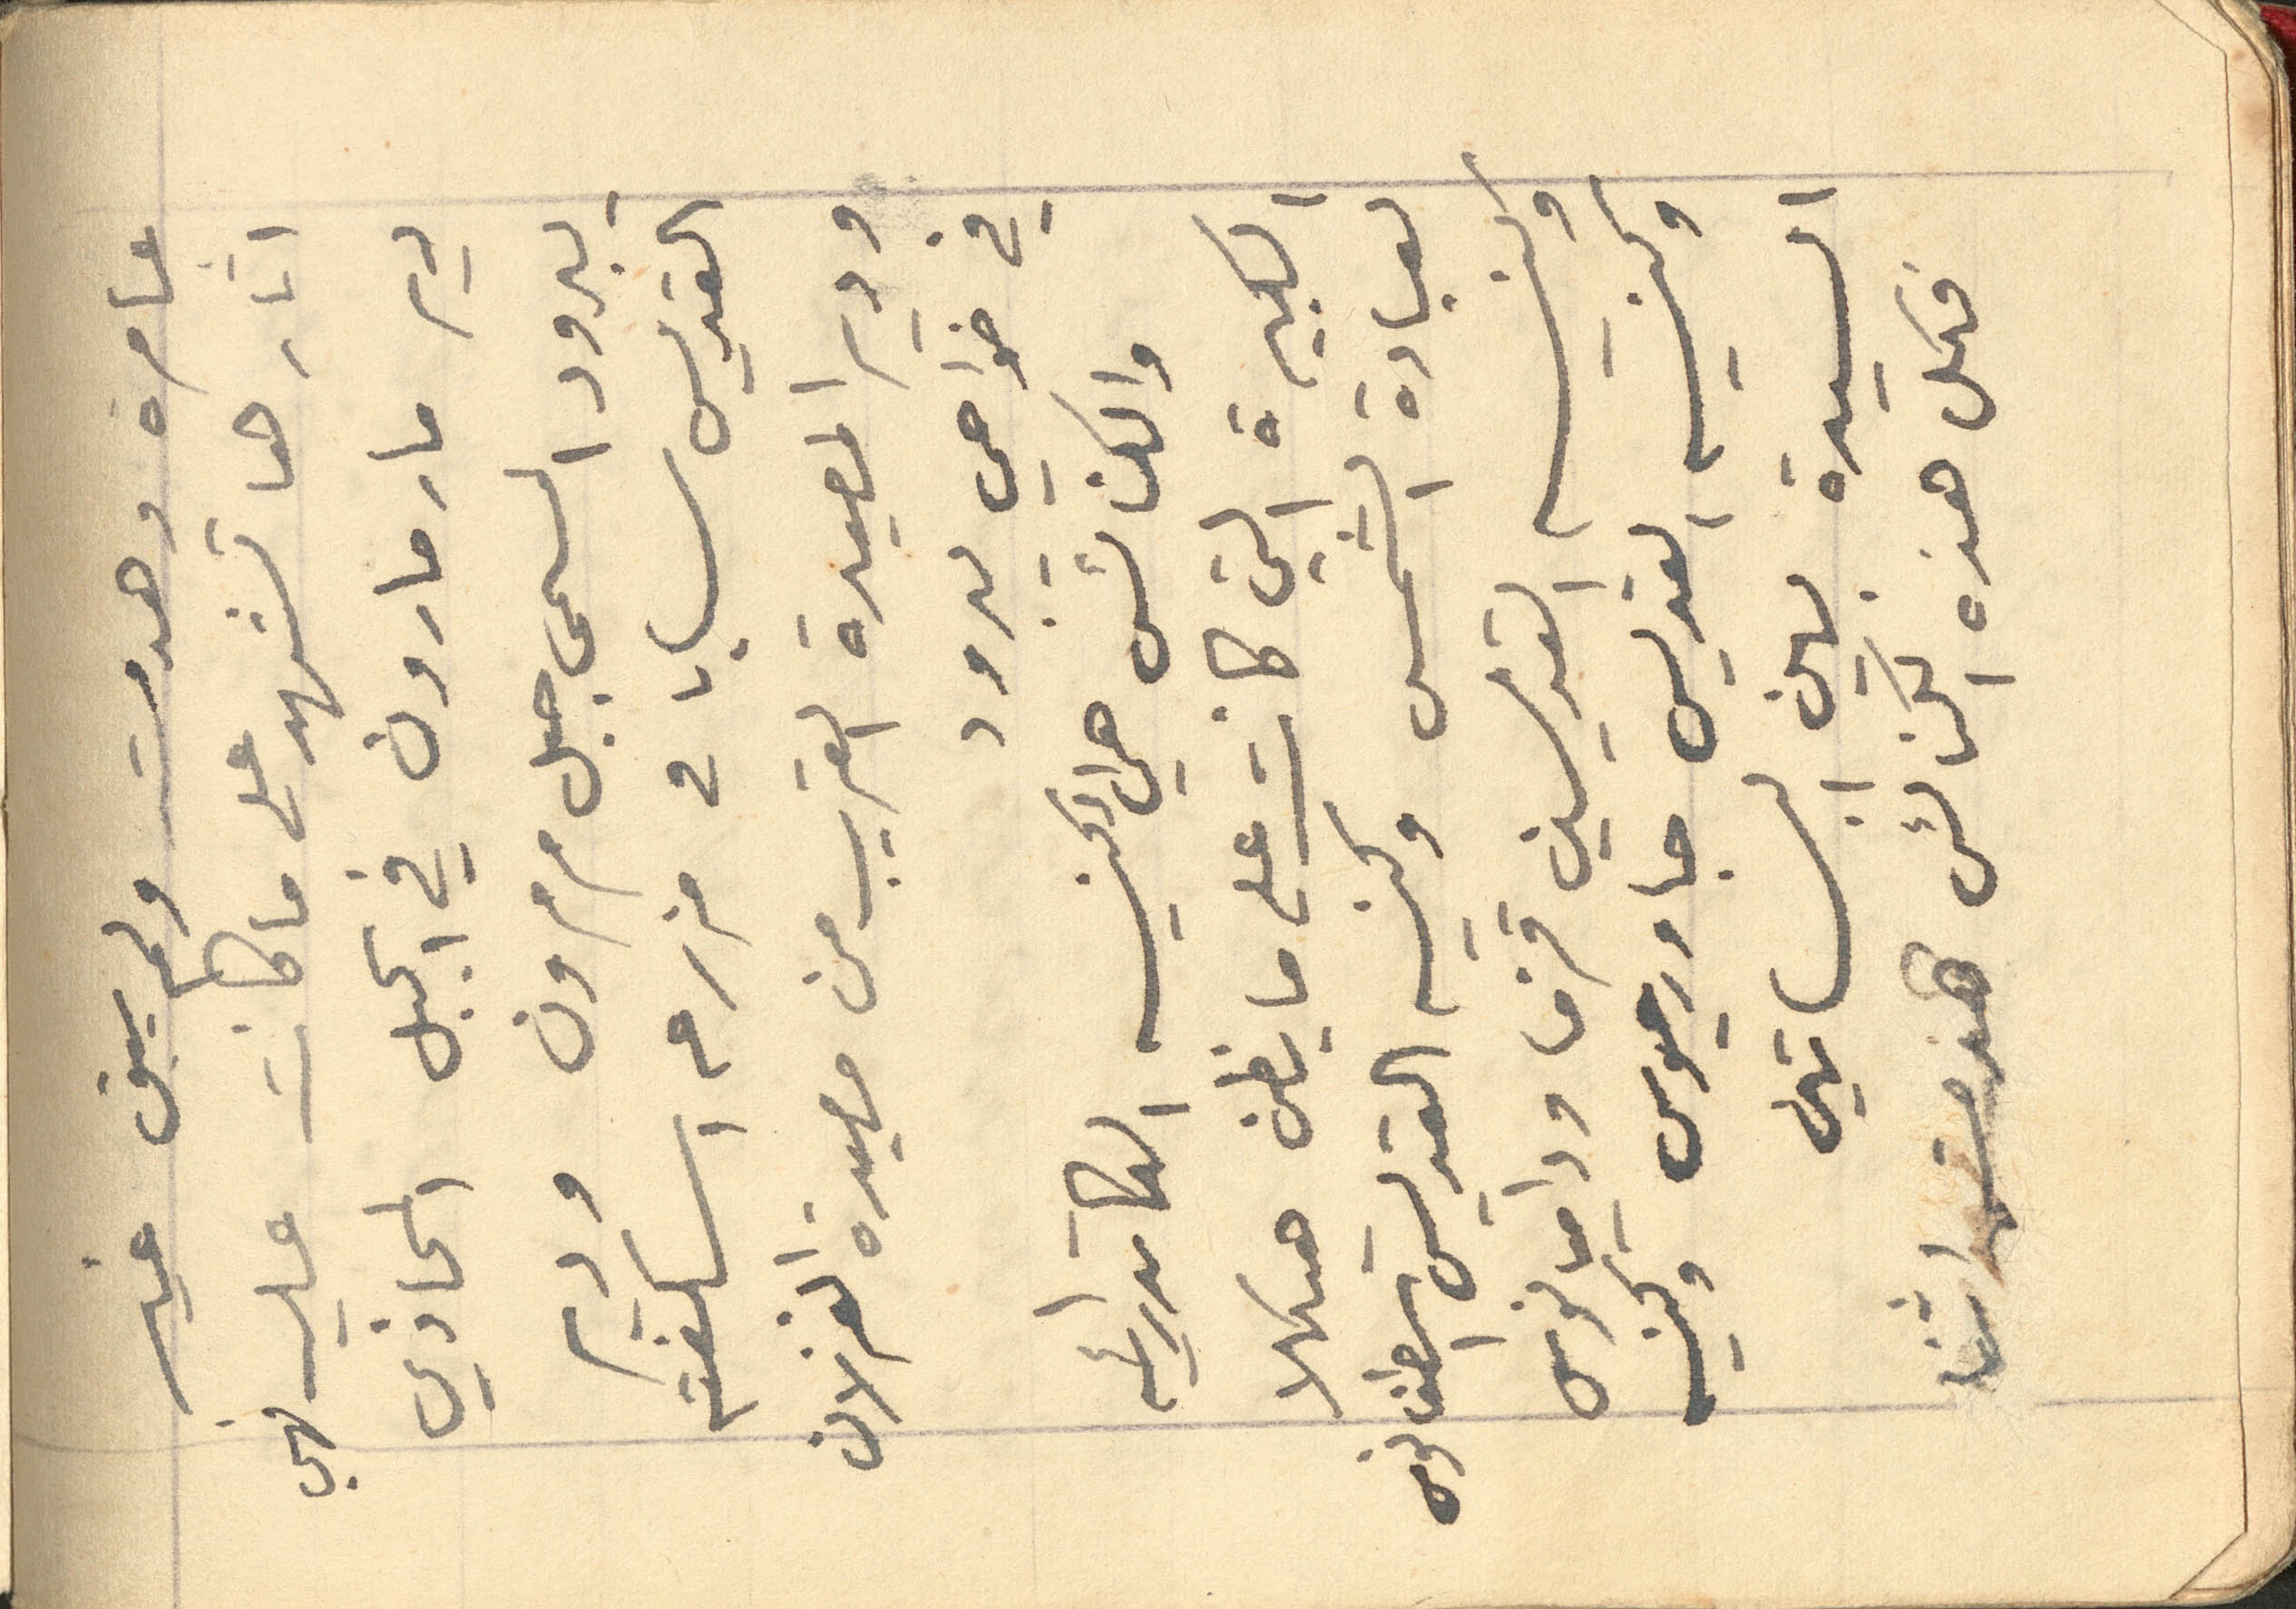
عامرة وهدمت ولم يبق غير
اثارها تشهد على ما كانت عليه فهي
دير مار مارون في الجبل المحاذي
يبرود المسمى جبل مرمرون ودير
القديس سابا في مزرعه اسكفته
ودير المصيدة القريب من مصيدة الغزلان
في ضواحي يبرود
والكنائس هي الكنيسه الكاتدرائيه
الكبيرة التي كانت على ما يظن هيكلا
لعبادة الشمس وكنيسه القديس اسطفانوس
وكنيسه القديسين قزما وداميانوس
وكنيسه القديس جاورجيوس وكنيسه
السيدة بين البساتين
فكل هذه الكنائس هدمت اثنا